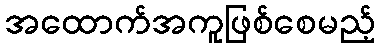
အထောက်အကူဖြစ်စေမည့်